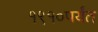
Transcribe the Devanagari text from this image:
१९१०पर्यंत